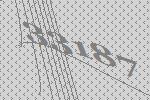
33187